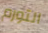
التورم